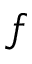
f